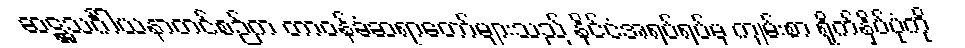
ဆဋ္ဌသင်္ဂါယနာတင်စဉ်က တာဝန်ခံဆရာတော်များသည် နိုင်ငံအရပ်ရပ်မှ ကျမ်းစာ ရိုက်နှိပ်ပုံကို